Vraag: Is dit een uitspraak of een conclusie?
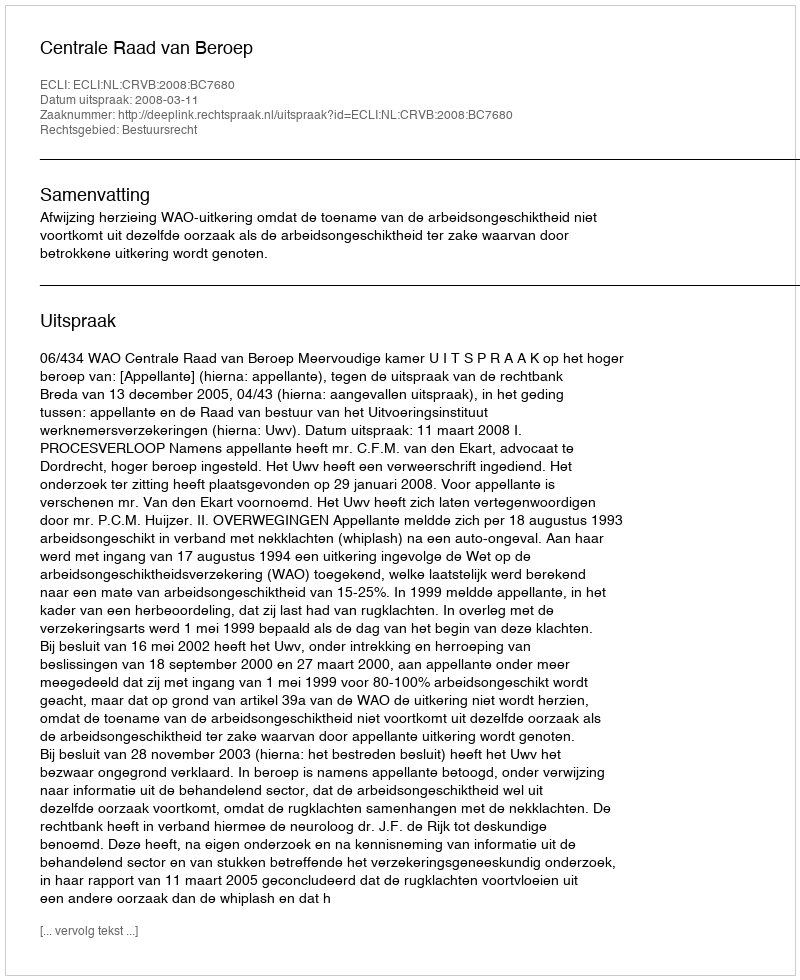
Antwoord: Uitspraak